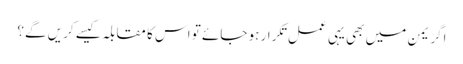
اگر یمن میں بھی یہی عمل تکرار ہو جائے تو اس کا مقابلہ کیسے کریں گے؟